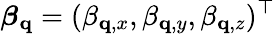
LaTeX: \boldsymbol\beta_{\mathbf{q}}=(\beta_{\mathbf{q},x},\beta_{\mathbf{q},y},\beta_{\mathbf{q},z})^{\top}